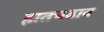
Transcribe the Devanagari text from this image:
हातचढाव